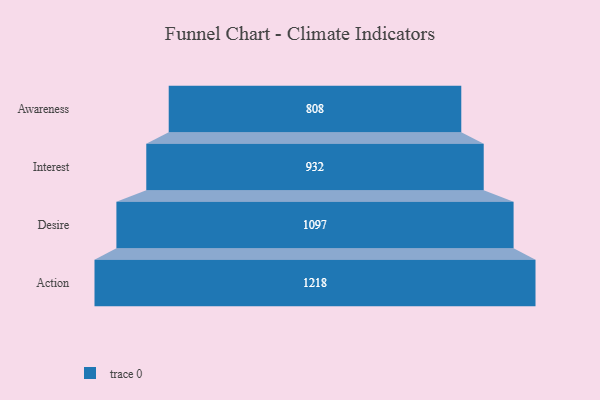
{"axis": {"x": "Stage", "y": "Value"}, "legend": [""], "data": [{"x": "Awareness", "y": 808.0, "type": ""}, {"x": "Interest", "y": 932.0, "type": ""}, {"x": "Desire", "y": 1097.0, "type": ""}, {"x": "Action", "y": 1218.0, "type": ""}]}